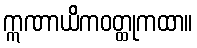
ဣဏာယိကဝတ္ထုကထာ။